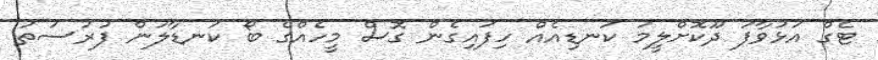
ޓެގް އަޅުވާފަ ދޫކޮށްލީމަ ކަނޑިއެއް ހިފައިގެން ގޮސް މީހެއްގެ ބޯ ކަނޑާލަން ފުރުސަތު